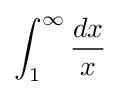
\int _{1}^{\infty }{\frac {dx}{x}}